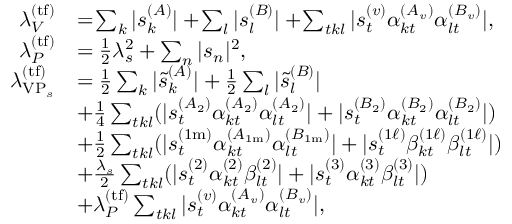
\begin{array} { r l } { \lambda _ { V } ^ { ( \mathrm { t f } ) } } & { = \! \sum _ { k } | s _ { k } ^ { ( A ) } | + \! \sum _ { l } | s _ { l } ^ { ( B ) } | + \! \sum _ { t k l } | s _ { t } ^ { ( v ) } \alpha _ { k t } ^ { ( A _ { v } ) } \alpha _ { l t } ^ { ( B _ { v } ) } | , } \\ { \lambda _ { P } ^ { ( \mathrm { t f } ) } } & { = \frac { 1 } { 2 } \lambda _ { s } ^ { 2 } + \sum _ { n } | s _ { n } | ^ { 2 } , } \\ { \lambda _ { \mathrm { V P } _ { s } } ^ { ( \mathrm { t f } ) } } & { = \frac { 1 } { 2 } \sum _ { k } | \tilde { s } _ { k } ^ { ( A ) } | + \frac { 1 } { 2 } \sum _ { l } | \tilde { s } _ { l } ^ { ( B ) } | } \\ & { + \frac { 1 } { 4 } \sum _ { t k l } ( | s _ { t } ^ { ( A _ { 2 } ) } \alpha _ { k t } ^ { ( A _ { 2 } ) } \alpha _ { l t } ^ { ( A _ { 2 } ) } | + | s _ { t } ^ { ( B _ { 2 } ) } \alpha _ { k t } ^ { ( B _ { 2 } ) } \alpha _ { l t } ^ { ( B _ { 2 } ) } | ) } \\ & { + \frac { 1 } { 2 } \sum _ { t k l } ( | s _ { t } ^ { ( 1 \mathrm { m } ) } \alpha _ { k t } ^ { ( A _ { 1 \mathrm { m } } ) } \alpha _ { l t } ^ { ( B _ { 1 \mathrm { m } } ) } | + | s _ { t } ^ { ( 1 \ell ) } \beta _ { k t } ^ { ( 1 \ell ) } \beta _ { l t } ^ { ( 1 \ell ) } | ) } \\ & { + \frac { \lambda _ { s } } { 2 } \sum _ { t k l } ( | s _ { t } ^ { ( 2 ) } \alpha _ { k t } ^ { ( 2 ) } \beta _ { l t } ^ { ( 2 ) } | + | s _ { t } ^ { ( 3 ) } \alpha _ { k t } ^ { ( 3 ) } \beta _ { l t } ^ { ( 3 ) } | ) } \\ & { + \lambda _ { P } ^ { ( \mathrm { t f } ) } \sum _ { t k l } | s _ { t } ^ { ( v ) } \alpha _ { k t } ^ { ( A _ { v } ) } \alpha _ { l t } ^ { ( B _ { v } ) } | , } \end{array}